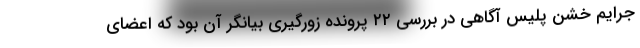
جرایم خشن پلیس آگاهی در بررسی ۲۲ پرونده زورگیری بیانگر آن بود که اعضای